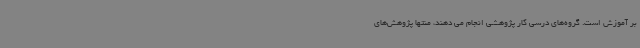
بر آموزش است. گروه‌های درسی کار پژوهشی انجام می دهند، منتها پژوهش‌های